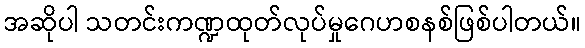
အဆိုပါ သတင်းကဏ္ဍထုတ်လုပ်မှုဂေဟစနစ်ဖြစ်ပါတယ်။